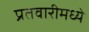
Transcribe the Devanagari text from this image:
प्रतवारीमध्ये